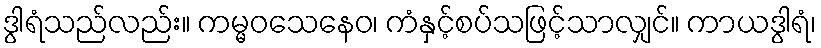
ဒွါရံသည်လည်း။ ကမ္မဝသေနေဝ၊ ကံနှင့်စပ်သဖြင့်သာလျှင်။ ကာယဒွါရံ၊